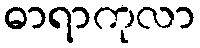
ဓာရာကုလာ